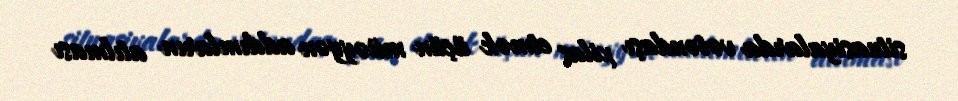
situasiyalarda vətəndaşı xilas etmək üçün müəyyən addımların atılması